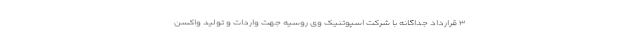
۳ قرارداد جداگانه با شرکت اسپوتنیک وی روسیه جهت واردات و تولید واکسن